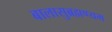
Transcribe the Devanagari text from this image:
बालासुब्रह्मण्यम